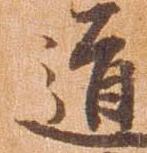
道